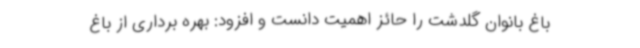
باغ بانوان گلدشت را حائز اهمیت دانست و افزود: بهره برداری از باغ